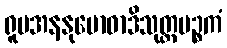
ရူပအနနုဗောဓာဒိသုတ္တပဉ္စကံ